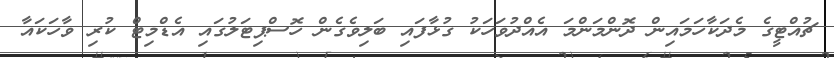
ޗުއްޓީގެ މެދަކާހަމައިން ދޮންމަންމަ އެއްދުވަހަކު ގުޅާފައި ބަލިވެގެން ހޮސްޕިޓަލުގައި އެޑްމިޓް ކުރި ވާހަކައާ